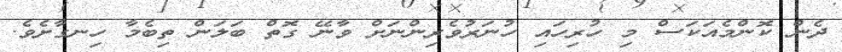
ދެން ކޮންމެއަކަސް މި ހުރިހައި ހުނަރުވެރިންނަށް ވާނޭ ގޮތް ބަލަން ތިިބެމާ ހިނގާށެވެ.